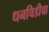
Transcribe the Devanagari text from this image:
धनचिडीचा